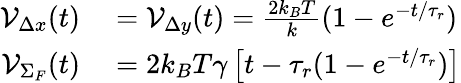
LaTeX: \begin{array}{rl}{{\cal V}_{\Delta x}(t)}&{{}={\cal V}_{\Delta y}(t)=\frac{2k_{B}T}k(1-e^{-t/\tau_{r}})}\\ {{\cal V}_{\Sigma_{F}}(t)}&{{}=2k_{B}T\gamma\left[t-\tau_{r}(1-e^{-t/\tau_{r}})\right]}\end{array}